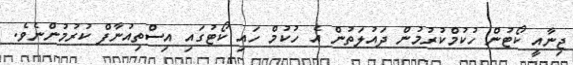
ޖިނާއީ ކޯޓުން ހުކުމްކުރުމުން ދައުލަތުން އެ ހުކުމް ހައި ކޯޓުގައި އިސްތިއުނާފް ކުރުމުންނެވެ.